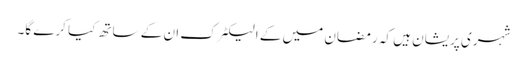
شہری پریشان ہیں کہ رمضان میں کے الیکٹرک ان کے ساتھ کیا کرے گا۔